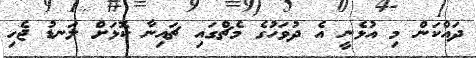
ދައްކަން މި އުޅެނީ އެ ދުވަހުގެ މެޗްގައި ޗައިނާ ކޮޅަށް ލަނޑު ޖެހި